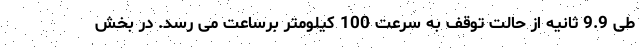
طی 9.9 ثانیه از حالت توقف به سرعت 100 کیلومتر برساعت می رسد. در بخش